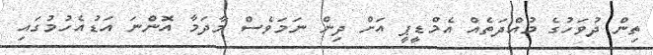
ތިން ދުވަހުގެ މުއްދަތެއް އެމްޑީޕީ އަށް ދިން ނަމަވެސް މާދަމާ އޮންނަ އަޑުއެހުމުގައި